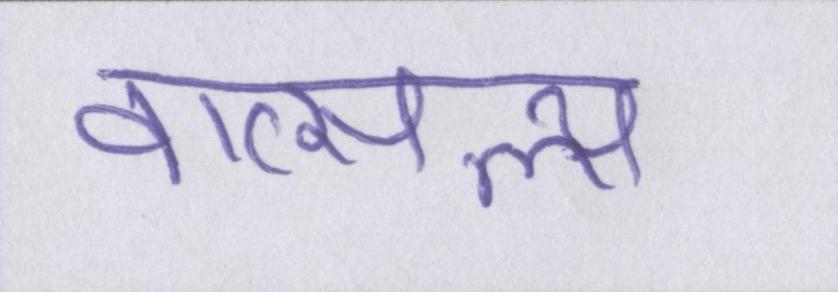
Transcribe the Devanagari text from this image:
वात्सल्य